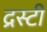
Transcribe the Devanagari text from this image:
द्रस्टी